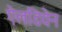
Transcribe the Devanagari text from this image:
ऐलडियेन